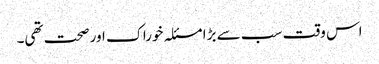
اس وقت سب سے بڑا مسئلہ خوراک اور صحت تھی۔